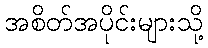
အစိတ်အပိုင်းများသို့